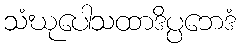
သံဃုပေါသထာဒိပ္ပဘေဒံ